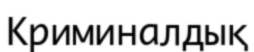
Криминалдық